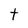
Character: t